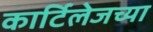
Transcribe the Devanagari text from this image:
कार्टिलेजच्या